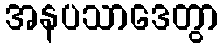
အနပသာဒေတွာ